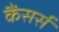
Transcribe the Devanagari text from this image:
कैंसर्स